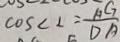
\cos < 2 = \frac { A G } { D A }